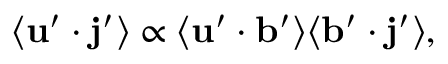
\langle { { \bf { u } } ^ { \prime } \cdot { \bf { j } } ^ { \prime } } \rangle \propto \langle { { \bf { u } } ^ { \prime } \cdot { \bf { b } } ^ { \prime } } \rangle \langle { { \bf { b } } ^ { \prime } \cdot { \bf { j } } ^ { \prime } } \rangle ,